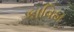
કાવિઠા